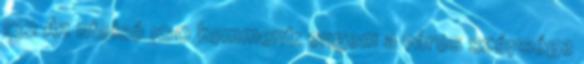
132 Az utolsó 100 komment: engem a város szépsége